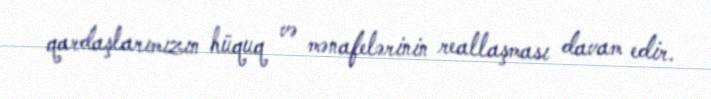
qardaşlarımızın hüquq və mənafelərinin reallaşması davam edir.